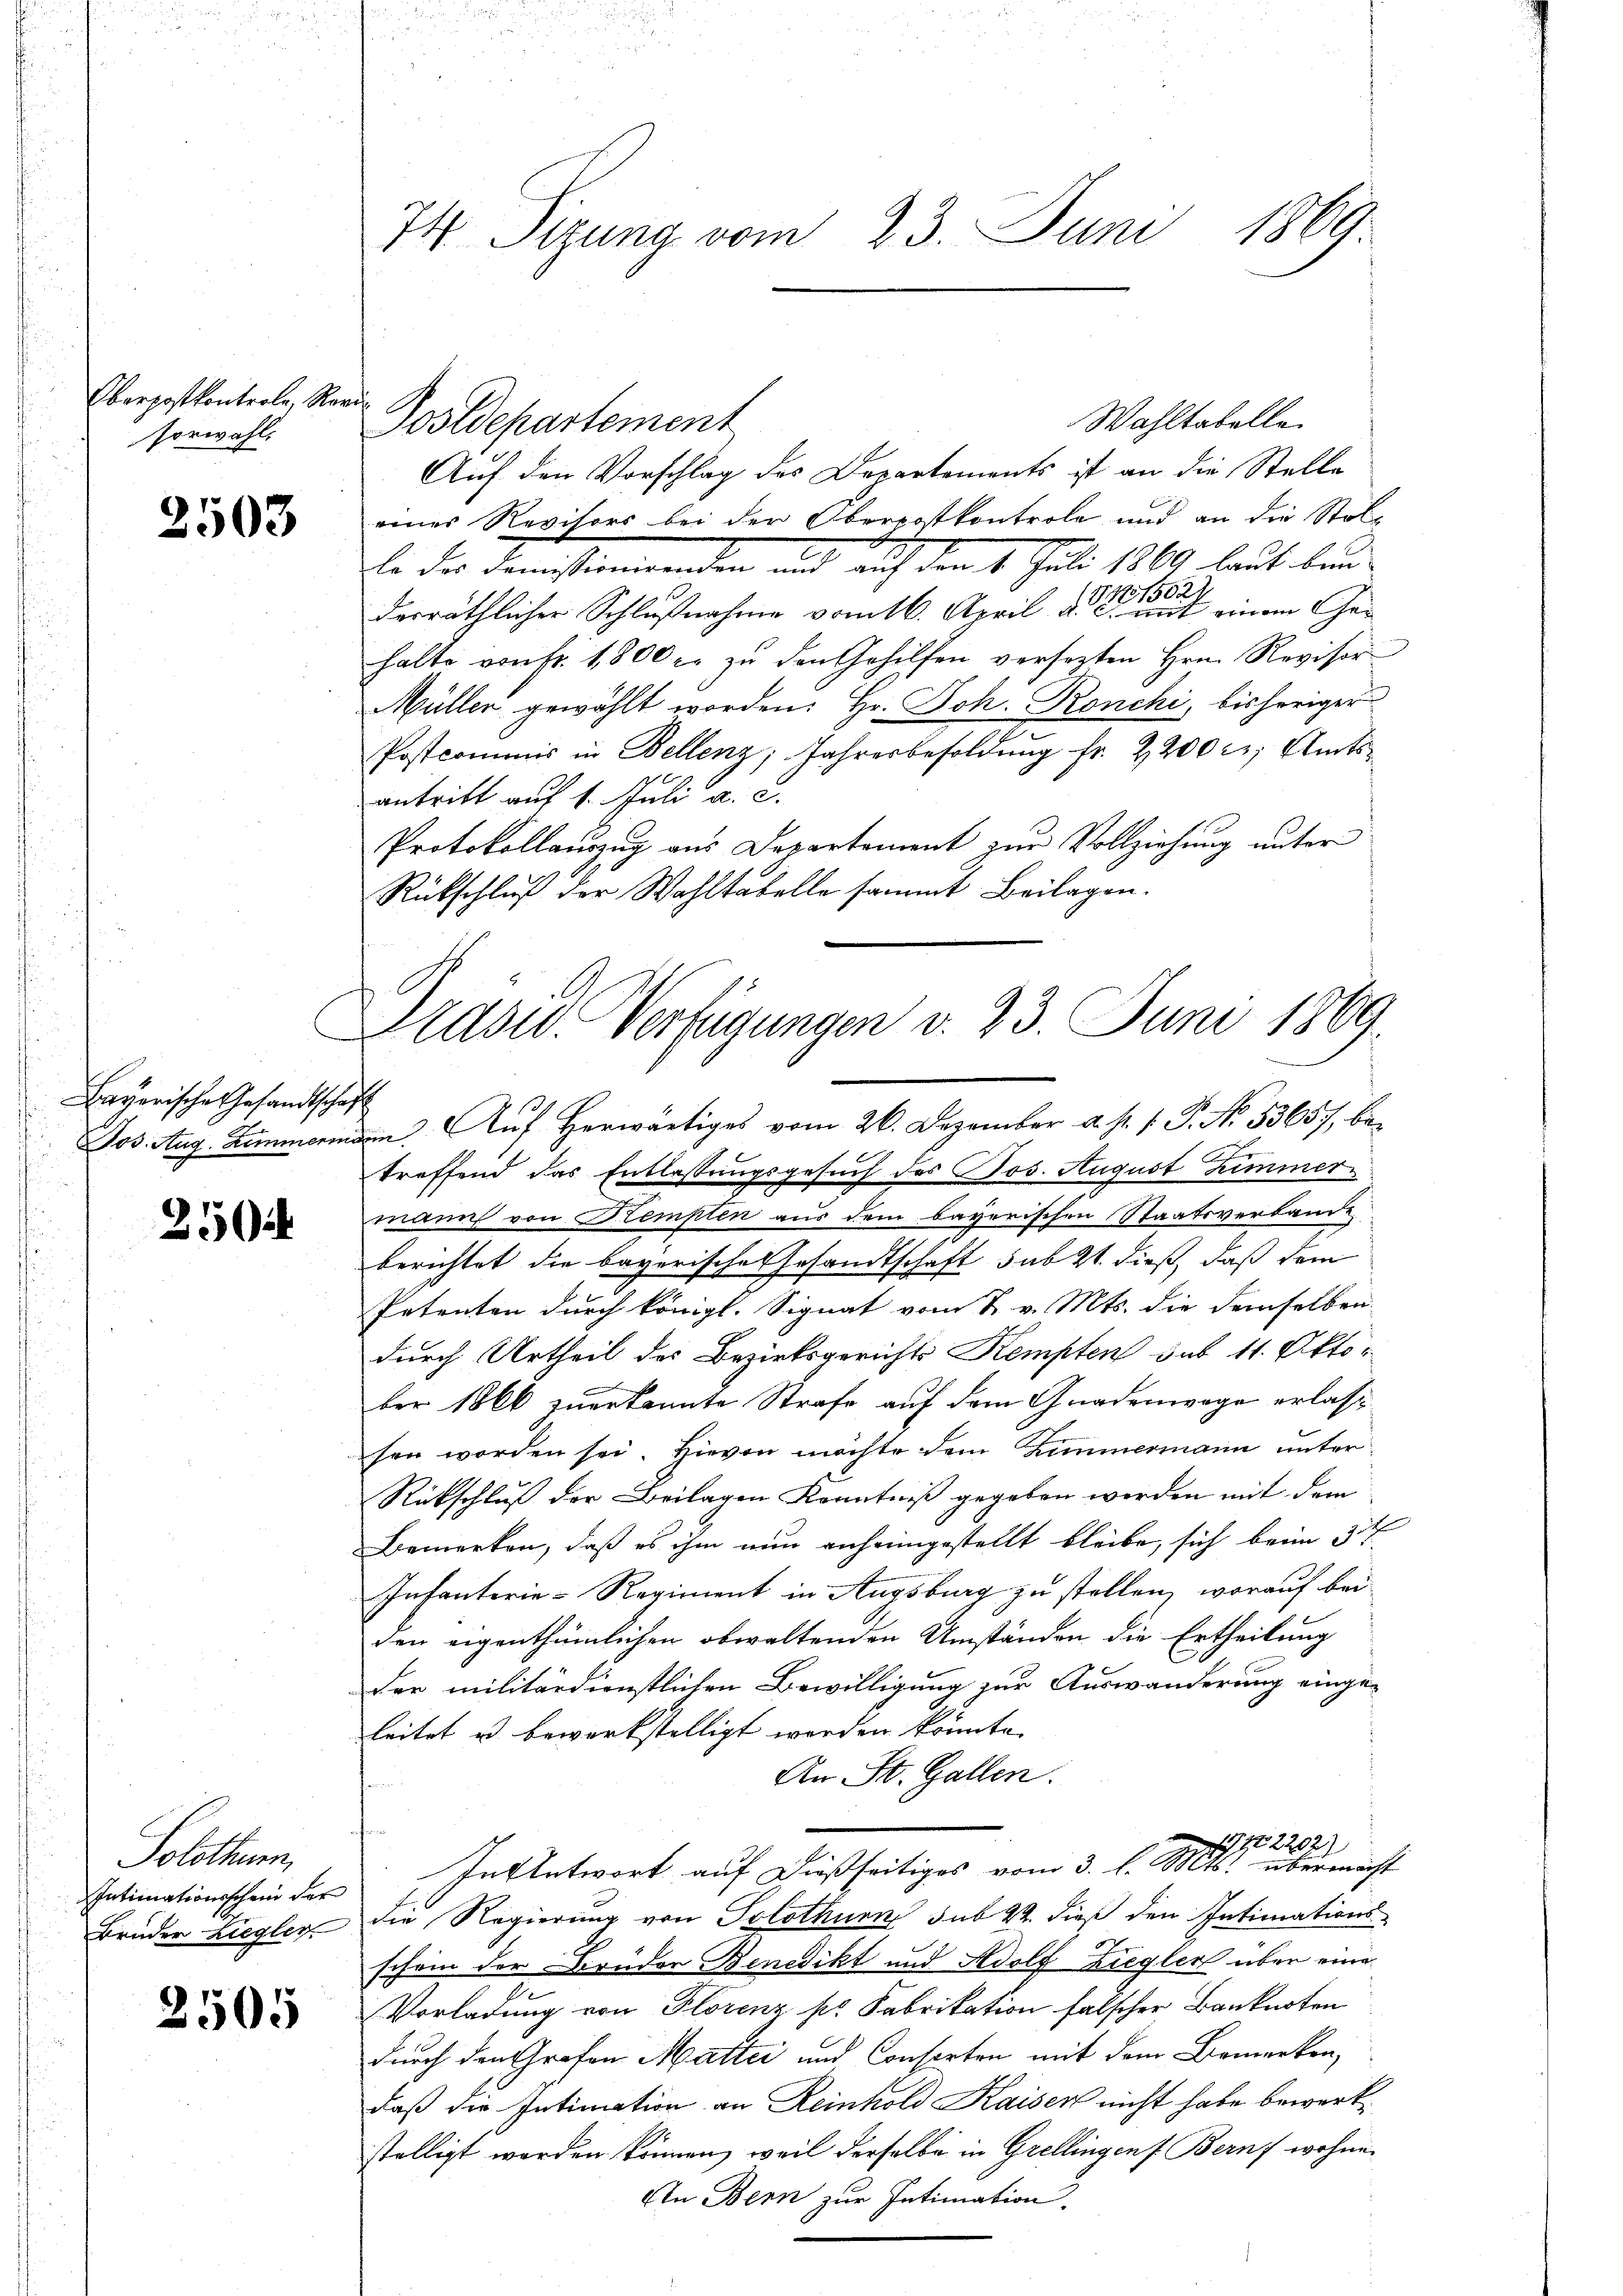
Oberpostkontrole, Revi
sorwahl.

2503

Bayerische Gesandtschaft
Jos. Aug. Zimmermas

250

Solothurn,
Intimationsschein der
Brüder Liegler

2505

74 Sizung vom 23. Juni 1869.

Auf den Vorschlag des Departements ist an die Stelle
einer Revisors bei der Oberpatkontrole und an die Stolle die Transtammenden und auf dem 1. Juli 1889 laut lau
derräthlicher Schlußnahme vom 16. April der einem Gehalte von fr. 1800 er zŭ den Gehilfen versezten Hrn. Revisor
Müller gewählt worden. Hr. Joh. Ronchi, bisheriger
Postcommis in Bellenz, Jahresbesoldŭng fr. 2200 fr., Amtsantritt auf 1. Juli a. c.
Protokollauszug aus Departement zur Vollziehung unter
Rückschluß der Wahltabelle sammt Beilagen.

Postdepartement

Grasw. Verfügungen d. 23. Juni 1869.

in. Auf herwärtiges vom 26. Dezember a. p. 1. P. No. 53657, betreffend das Entlassungsgesuch des Jos. August Zimmermann von Kempten aus dem bayerischen Staatsverbande
berichtet die bayerische Gesandtschaft sub 21. dieß, daß dem
Patenten durch königl. Signat vom 7. v. Mts. die demselben
durch Urtheil des Bezirksgerichts Kempten sub 11. Oktober 1866 zuerkannte Strafe auf dem Gnadenwage erlasse
sen worden sei. Hievon möchte dem Zimmermann unter
Rückschluß der Beilagen Kenntniß gegeben werden mit dem
Bemerken, daß es ihm nun anheimgestellt bleibe, sich beim 3t
Infanterie-Regiment in Augsburg zu stellen, worauf bei
den eigenthümlichen obwaltenden Umständen die Ertheilung
der militärdienstlichen Bewilligung zur Auswanderung eingeleitet u bewerkstelligt worden könnte.
An St. Gallen.
52202)
Intentwort auf dießseitiges vom 3. l. Mts. überwicht
die Regierung von Solothurn sub 22. dieß den Intimations-
schein der Bruder Benedikt und Adolf Ziegler über eine
Vorladung von Florenz pr. Fabrikation falscher Banknoten
durch den Grafen Mattei und Consorten mit dem Bemerken,
daß die Intimation an Reinhold Kaiser nicht habe bewerkstelligt worden können, weil derselbe in Grellingen Berns wohne
An Bern zur Intimation.

Wahltabelle.